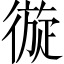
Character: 𢕐